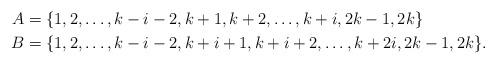
LaTeX: \begin{align*}A &= \{ 1,2,\ldots,k-i-2,k+1,k+2,\ldots,k+i,2k-1,2k \} \\B &= \{1,2,\ldots,k-i -2,k+i+1,k+i+2,\ldots,k+2i,2k-1,2k \}.\end{align*}